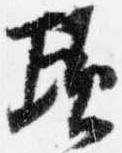
頃